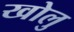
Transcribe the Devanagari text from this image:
खोलु